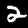
Digit: 2